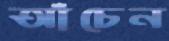
আঁচেন